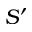
S ^ { \prime }